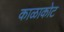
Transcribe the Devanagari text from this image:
काळाकोट